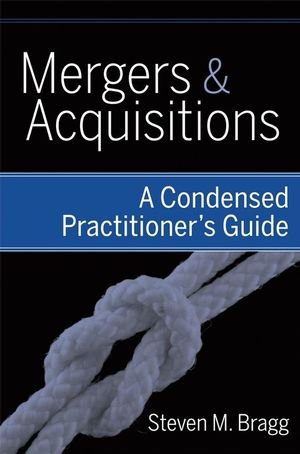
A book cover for Mergers and Acquisitions: A Condensed Practitioner's Guide; Steven M. Bragg; Business & Money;